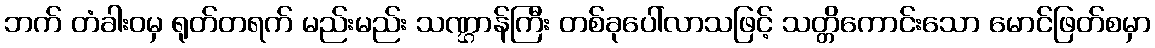
ဘက် တံခါးဝမှ ရုတ်တရက် မည်းမည်း သဏ္ဌာန်ကြီး တစ်ခုပေါ်လာသဖြင့် သတ္တိကောင်းသော မောင်ဖြတ်စမှာ